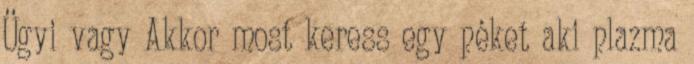
Ügyi vagy Akkor most keress egy péket aki plazma